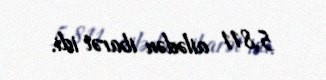
5,811 ailədən ibarət idi.